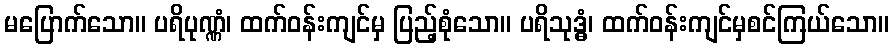
မပြောက်သော။ ပရိပုဏ္ဏံ၊ ထက်ဝန်းကျင်မှ ပြည့်စုံသော။ ပရိသုဒ္ဓံ၊ ထက်ဝန်းကျင်မှစင်ကြယ်သော။